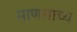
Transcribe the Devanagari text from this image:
माणसाच्य